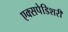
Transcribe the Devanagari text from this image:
एक्सपेडिशरी